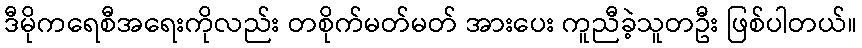
ဒီမိုကရေစီအရေးကိုလည်း တစိုက်မတ်မတ် အားပေး ကူညီခဲ့သူတဦး ဖြစ်ပါတယ်။